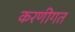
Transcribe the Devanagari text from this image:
करणीगत